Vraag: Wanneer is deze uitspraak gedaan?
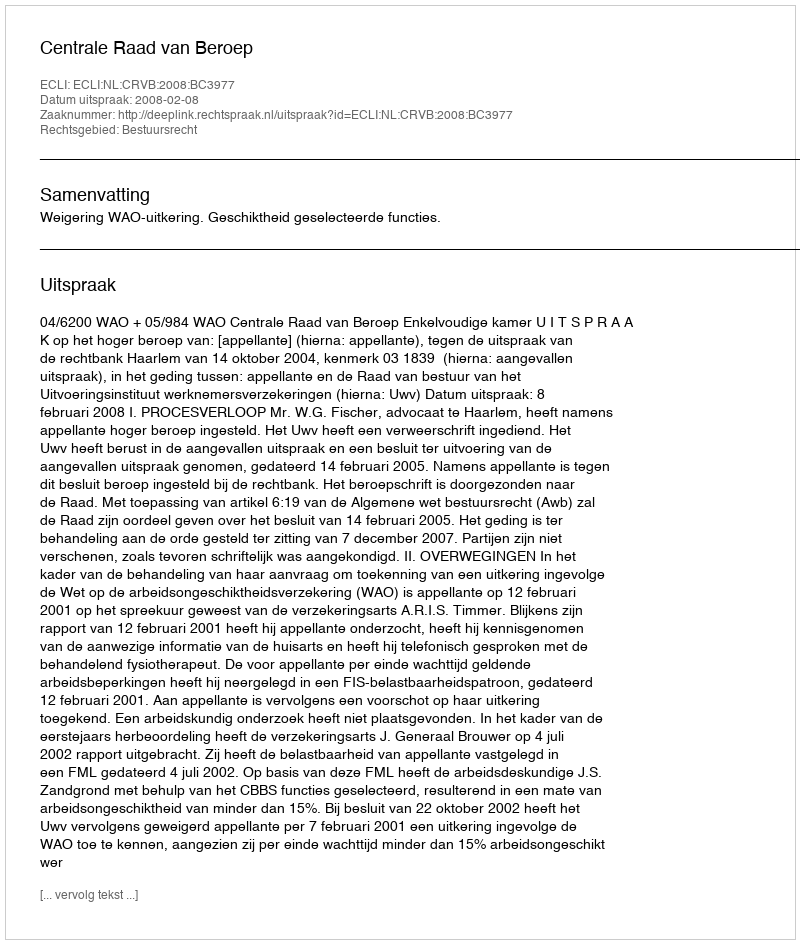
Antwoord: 2008-02-08